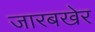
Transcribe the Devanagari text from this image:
जारबखेर